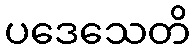
ပဒေသေတိ